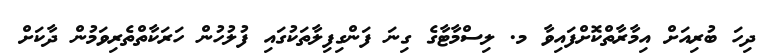
ދިހަ ބުރިއަށް އިމާރާތްކޮށްފައިވާ މ. ލިސްމާޓާގެ ގިނަ ފަންގިފިލާތަކުގައި ފުލުހުން ހަރަކާތްތެރިވަމުން ދާކަަށް